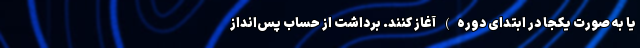
یا به صورت یکجا در ابتدای دوره) آغاز کنند. برداشت از حساب پس‌انداز